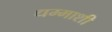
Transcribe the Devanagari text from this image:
धम्माशी